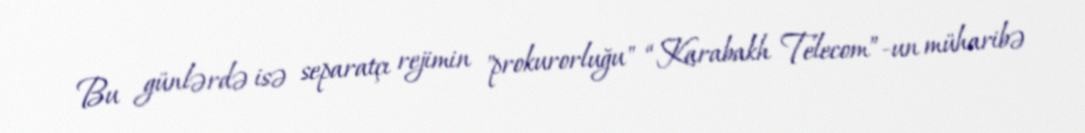
Bu günlərdə isə separatçı rejimin "prokurorluğu" “Karabakh Telecom”-un müharibə